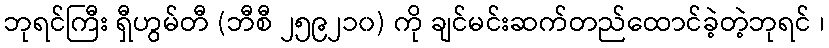
ဘုရင်ကြီး ရှီဟွမ်တီ (ဘီစီ ၂၅၉၂၁၀) ကို ချင်မင်းဆက်တည်ထောင်ခဲ့တဲ့ဘုရင် ၊